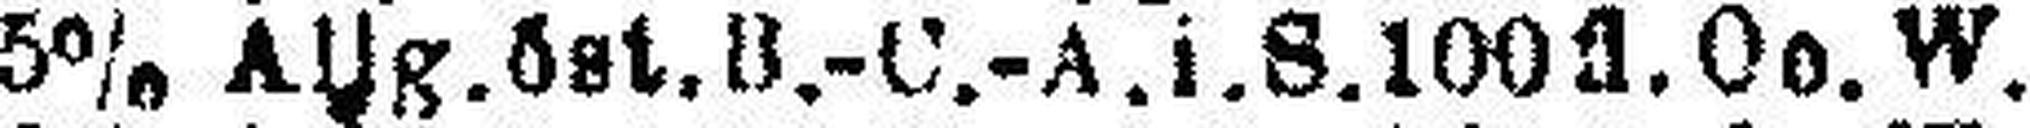
5% Allg. öst. B.-C.-A.i.S. 100 fl. Oo. W.